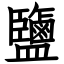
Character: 鹽